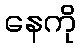
နေကို